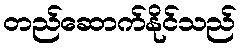
တည်ဆောက်နိုင်သည်